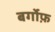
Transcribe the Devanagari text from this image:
बर्गोफ़